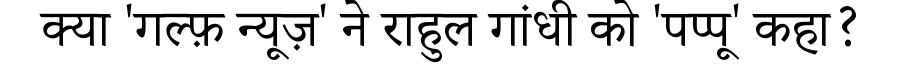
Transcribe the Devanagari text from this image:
क्या 'गल्फ़ न्यूज़' ने राहुल गांधी को 'पप्पू' कहा?